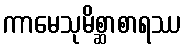
ကာမေသုမိစ္ဆာစာရဿ